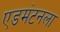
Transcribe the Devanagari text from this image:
एडमंटनला